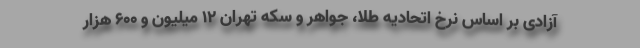
آزادی بر اساس نرخ اتحادیه طلا، جواهر و سکه تهران ۱۲ میلیون و ۶۰۰ هزار